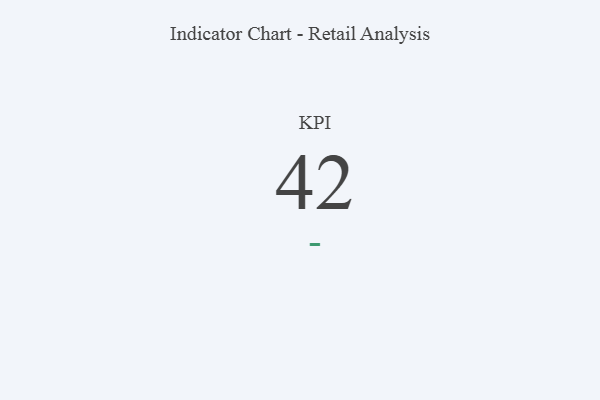
{"axis": {"x": "KPI", "y": "Value"}, "legend": [""], "data": [{"x": "KPI", "y": 42, "type": ""}]}